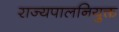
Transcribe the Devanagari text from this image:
राज्यपालनियुक्त